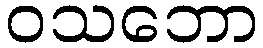
ဝသဘော